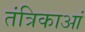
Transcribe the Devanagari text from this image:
तंत्रिकाआं